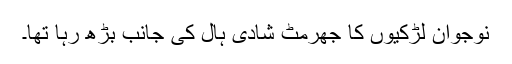
نوجوان لڑکیوں کا جھرمٹ شادی ہال کی جانب بڑھ رہا تھا۔